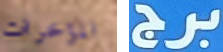
المؤخرات برج